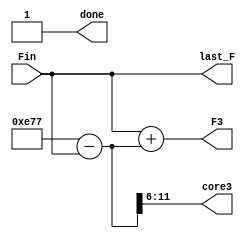
`timescale 1ns / 1ps
//////////////////////////////////////////////////////////////////////////////////
// Company: 
// Engineer: 
// 
// Design Name: 
// Module Name: S3_calculation
// Project Name: 
// Target Devices: 
// Tool Versions: 
// Description: 
// 
// Dependencies: 
// 
// Revision:
// Revision 0.01 - File Created
// Additional Comments:
// 
//////////////////////////////////////////////////////////////////////////////////
module S3_calculation(
						Fin,//S1S2
						last_F,
						F3,//[last_F,F3-1]
						core3,
						done
					 );
					 
input  [11:0] Fin;//S1S2
output reg [11:0]  last_F;
output reg [11:0]  F3;
output reg [5:0]   core3;
output reg done;

localparam total_F = 12'd3703;//Citeseer
localparam total_core = 10'd64;//
reg [11:0] need_F;

always @(Fin)
begin
	need_F = total_F - Fin;
	core3 = need_F >> 5 + 1;
	last_F = Fin;
	F3 = last_F + need_F;
	done = 1;
end

endmodule